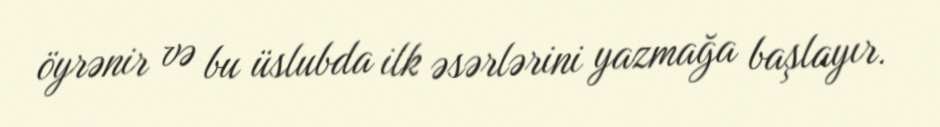
öyrənir və bu üslubda ilk əsərlərini yazmağa başlayır.